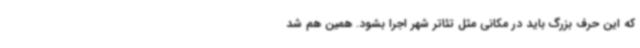
که این حرف بزرگ باید در مکانی مثل تئاتر شهر اجرا بشود. همین هم شد